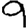
Digit: 9